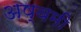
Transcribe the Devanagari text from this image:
अष्वमी